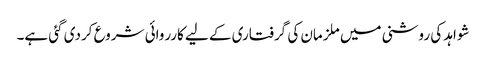
شواہد کی روشنی میں ملزمان کی گرفتاری کے لیے کارروائی شروع کردی گئی ہے۔